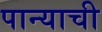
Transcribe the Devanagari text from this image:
पान्याची